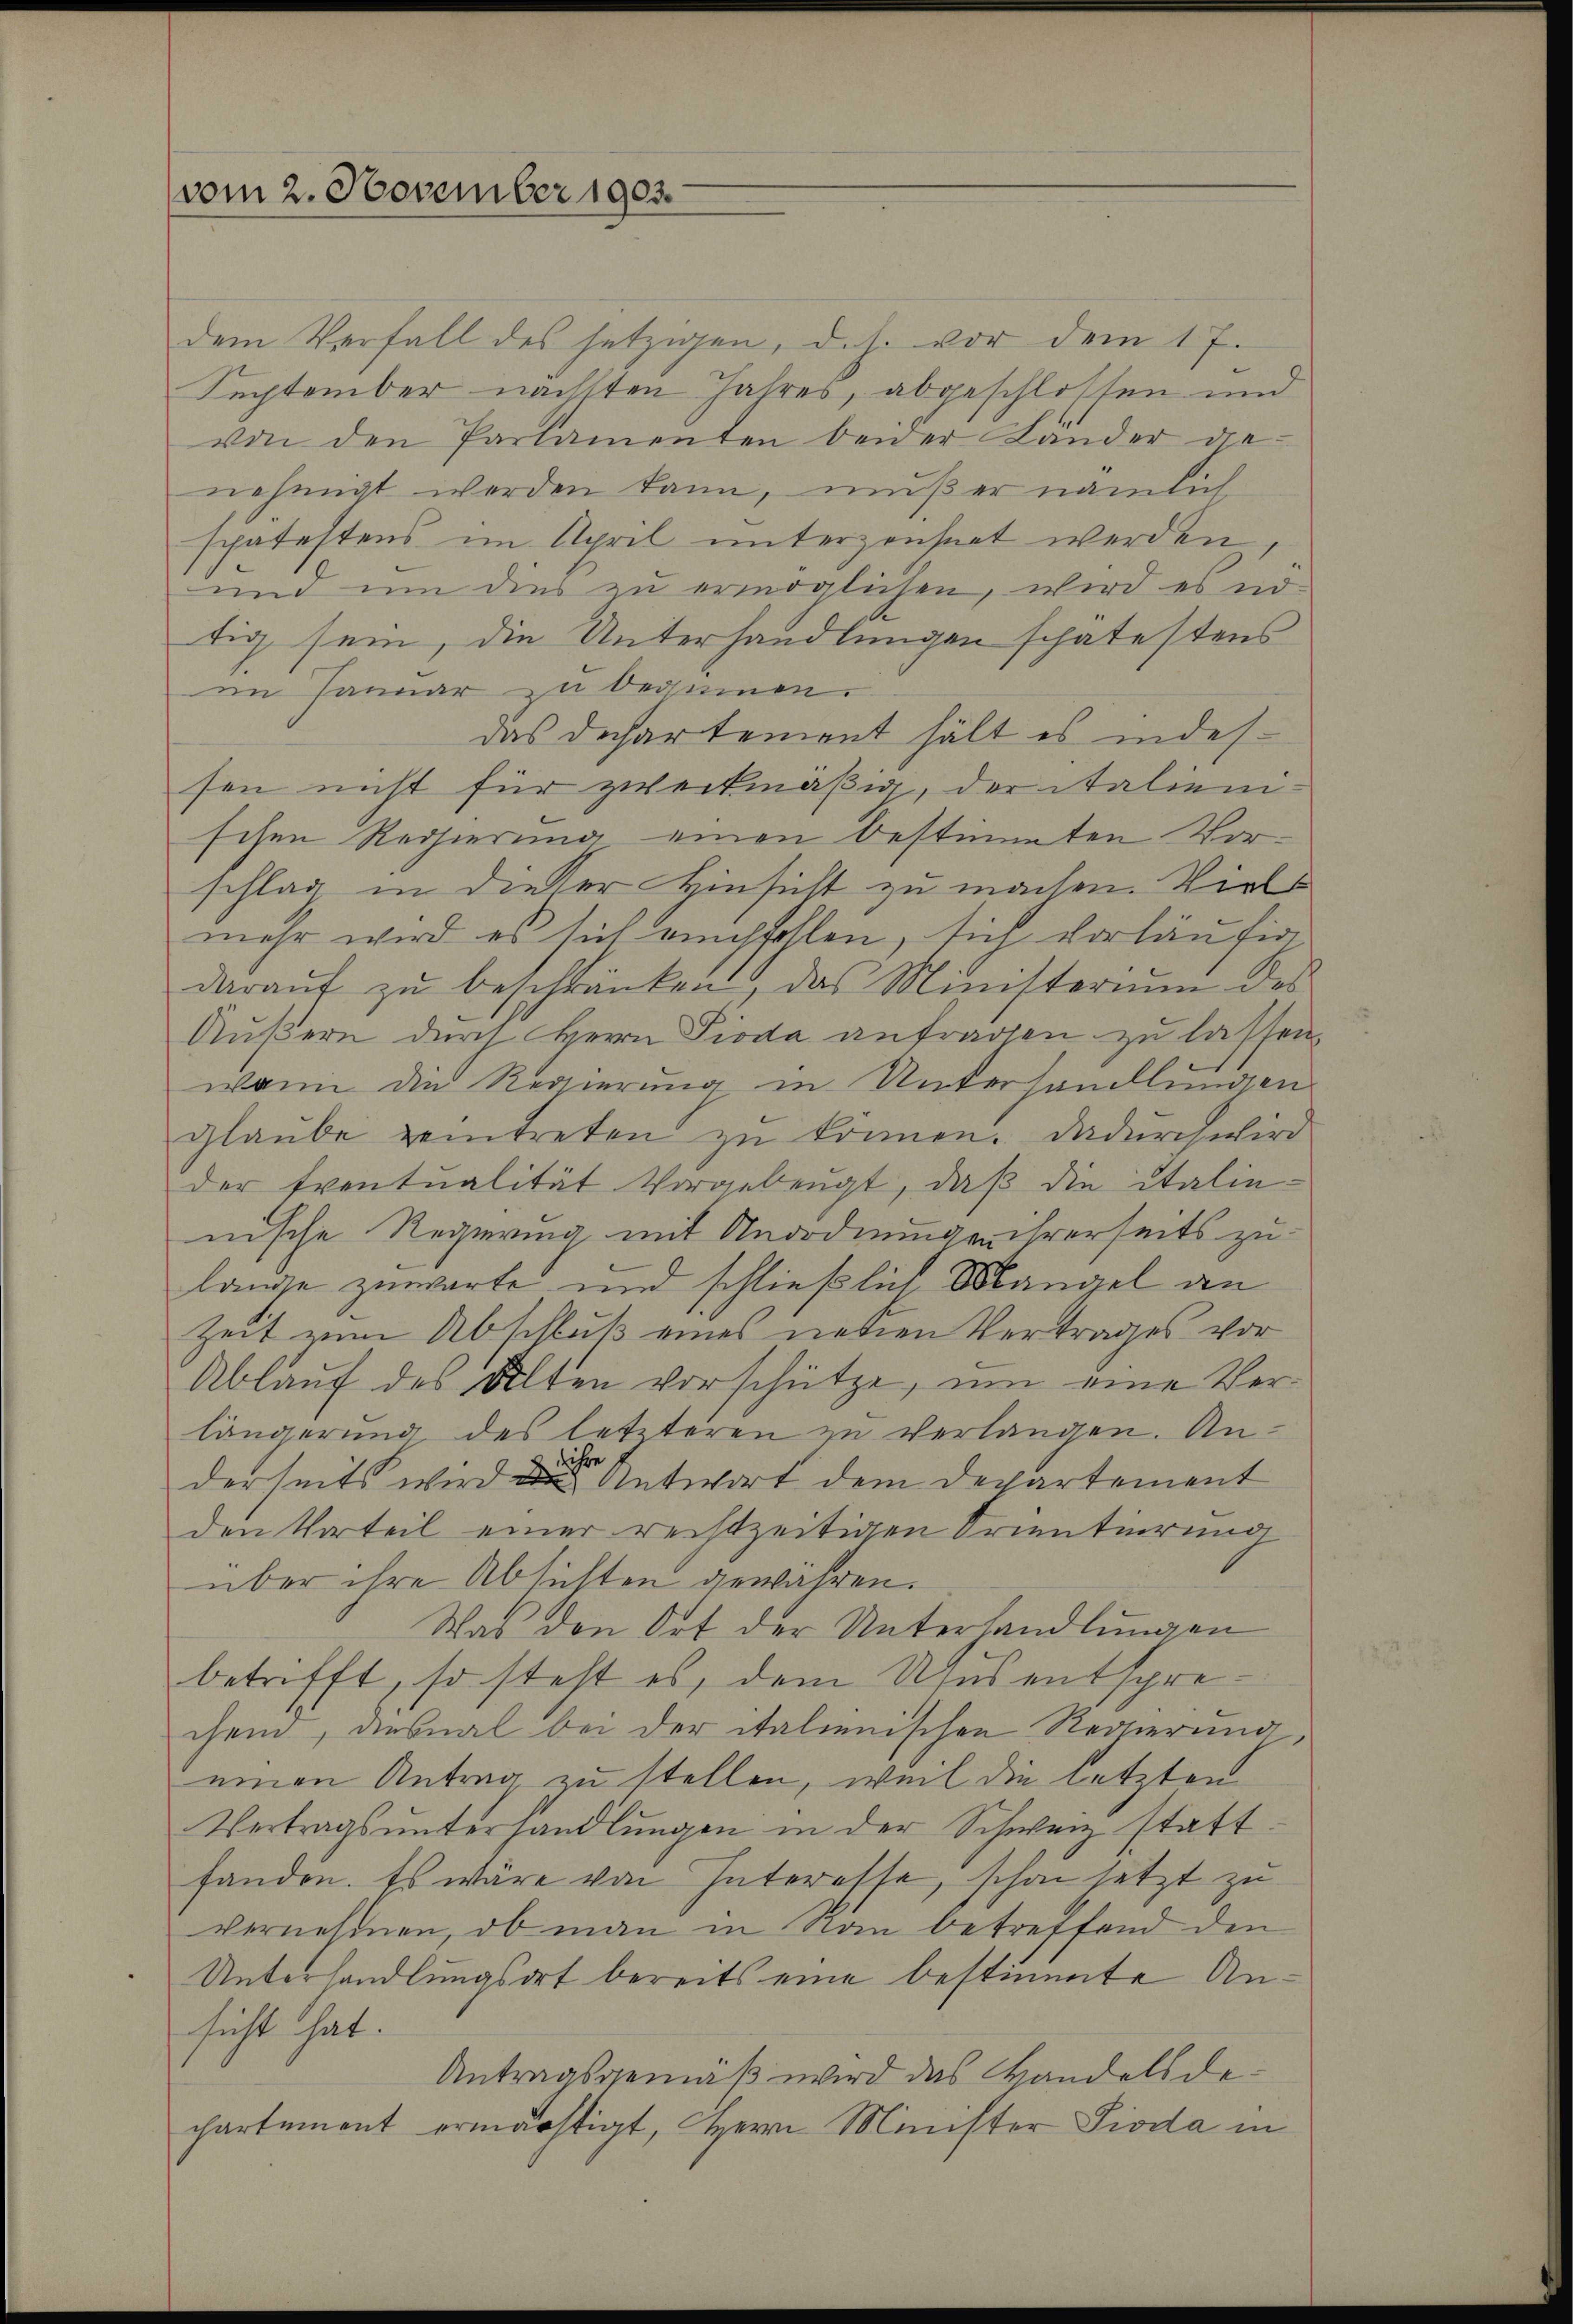
vom 2. November 1903.

dem Verfall des jetzigen, d.h. vor dem 17.
Sechtember nächsten Jahres, abgeschlossen und
von den Parlamenten beider Länder dienehmigt werden kann, muß er nämlich
spätestens im April unterzeichnet werden
und um dies zu ermöglichen, wird es nötig sein, die Unterhandlungen schätestens
am Januar- u beginnen.
das Dechartement hält es indessen nicht für zweckmäßig, der italien-
schen Regierung einen bestimmten Vorschlag in dieser Hinsicht zu machen. Viels
mehr wird es sich empfohlen, sich vorläufer,
daraŭf zŭ beschränken, das Ministerium des
Äußern durch Herrn Pioda anfragen zu lassen
wann die Regierung in Unterhandlungen
glaŭbe zeitreten zŭ können. Dadurch wird
der Eventualität vorgebeugt, daβ die italie-
nische Regierung mit Anordnungen ihrerseits zu
lange zuwarte und schließlich Mangel an
Zeit zum Abschluß eines neuen Vertrages vor
Ablauf des Alten vorschütze, um eine Verlängerung des letzteren zu verlangen. Anihre k
derseits wird des Antwort dem Departement
den Vorteil einer rechtzeitigen Orientierung
über ihre Absichten gewähren.
Was den Ort der Unterhandlungen
betrifft, so steht es, dem Usus entsprechem, diesmal bei der italienischen Regierung,
einen Antrag zu stellen, weil die letzten
Vertragsunterhandlungen in der Schweiz statt.
fanden. Es wäre von Interesse, schon setzt zu
vernehmen, ob man in von betreffend den
Unterhandlungsort bereits eine bestimmte Ansicht hat.
Antragsgemäß wird das Wandels dechartement ermächtigt, HHerrn Minister Pioda in